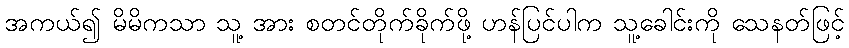
အကယ်၍ မိမိကသာ သူ့ အား စတင်တိုက်ခိုက်ဖို့ ဟန်ပြင်ပါက သူ့ခေါင်းကို သေနတ်ဖြင့်